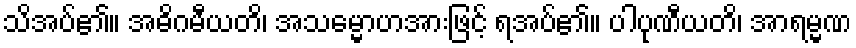
သိအပ်၏။ အဓိဂမီယတိ၊ အသမ္မောဟအားဖြင့် ရအပ်၏။ ပါပုဏီယတိ၊ အာရမ္မဏ